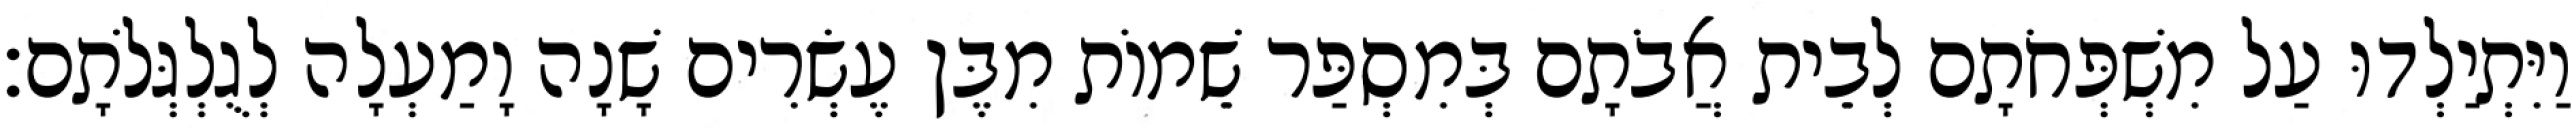
וַיִּתְיַלְדוּ עַל מִשְׁפְּחֹתָם לְבֵית אֲבֹתָם בְּמִסְפַּר שֵׁמוֹת מִבֶּן עֶשְׂרִים שָׁנָה וָמַעְלָה לְגֻלְגְּלֹתָם׃